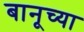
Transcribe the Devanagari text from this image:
बानूच्या